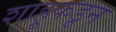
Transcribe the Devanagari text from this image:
शाहूकडून